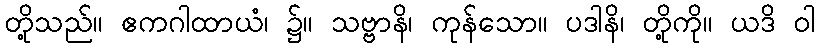
တို့သည်။ ဧကဂါထာယံ၊ ၌။ သဗ္ဗာနိ၊ ကုန်သော။ ပဒါနိ၊ တို့ကို။ ယဒိ ဝါ